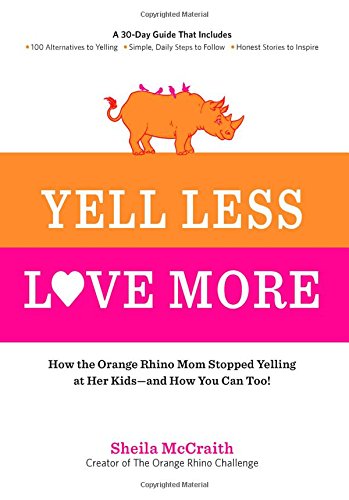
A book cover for Yell Less, Love More: How the Orange Rhino Mom Stopped Yelling at Her Kids - and How You Can Too!: A 30-Day Guide That Includes: - 100 Alternatives to ... Steps to Follow - Honest Stories to Inspire; Sheila McCraith; Parenting & Relationships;